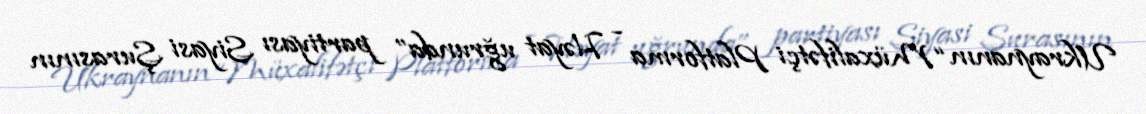
Ukraynanın “Müxalifətçi Platforma - Həyat uğrunda” partiyası Siyasi Şurasının